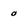
Character: 0